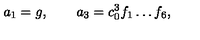
a _ { 1 } = g , \qquad a _ { 3 } = c _ { 0 } ^ { 3 } f _ { 1 } \dots f _ { 6 } ,